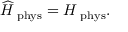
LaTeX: \widehat { \cal H } _ { \mathrm { \scriptsize ~ p h y s } } = { \cal H } _ { \mathrm { \scriptsize ~ p h y s } } .